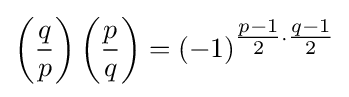
\left({\frac {q}{p}}\right)\left({\frac {p}{q}}\right)=(-1)^{{\tfrac {p-1}{2}}\cdot {\tfrac {q-1}{2}}}